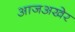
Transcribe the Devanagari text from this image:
आजअखेर